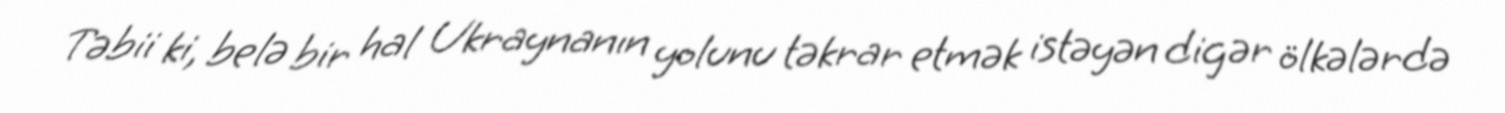
Təbii ki, belə bir hal Ukraynanın yolunu təkrar etmək istəyən digər ölkələrdə